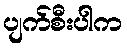
ပျက်စီးပါက